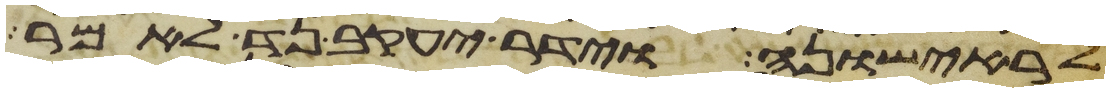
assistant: לראישונה וידר יעקב נדר לאמר